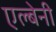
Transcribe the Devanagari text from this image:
एल्बेनी